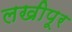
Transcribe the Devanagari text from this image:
लखीपूर